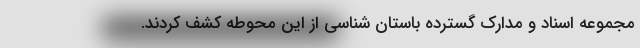
مجموعه اسناد و مدارک گسترده باستان شناسی از این محوطه کشف کردند.